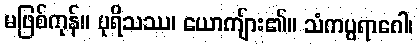
မဖြစ်ကုန်။ ပုရိသဿ၊ ယောကျ်ား၏။ သံကပ္ပရာဂေါ၊